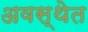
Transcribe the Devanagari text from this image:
अवस्‍थेत